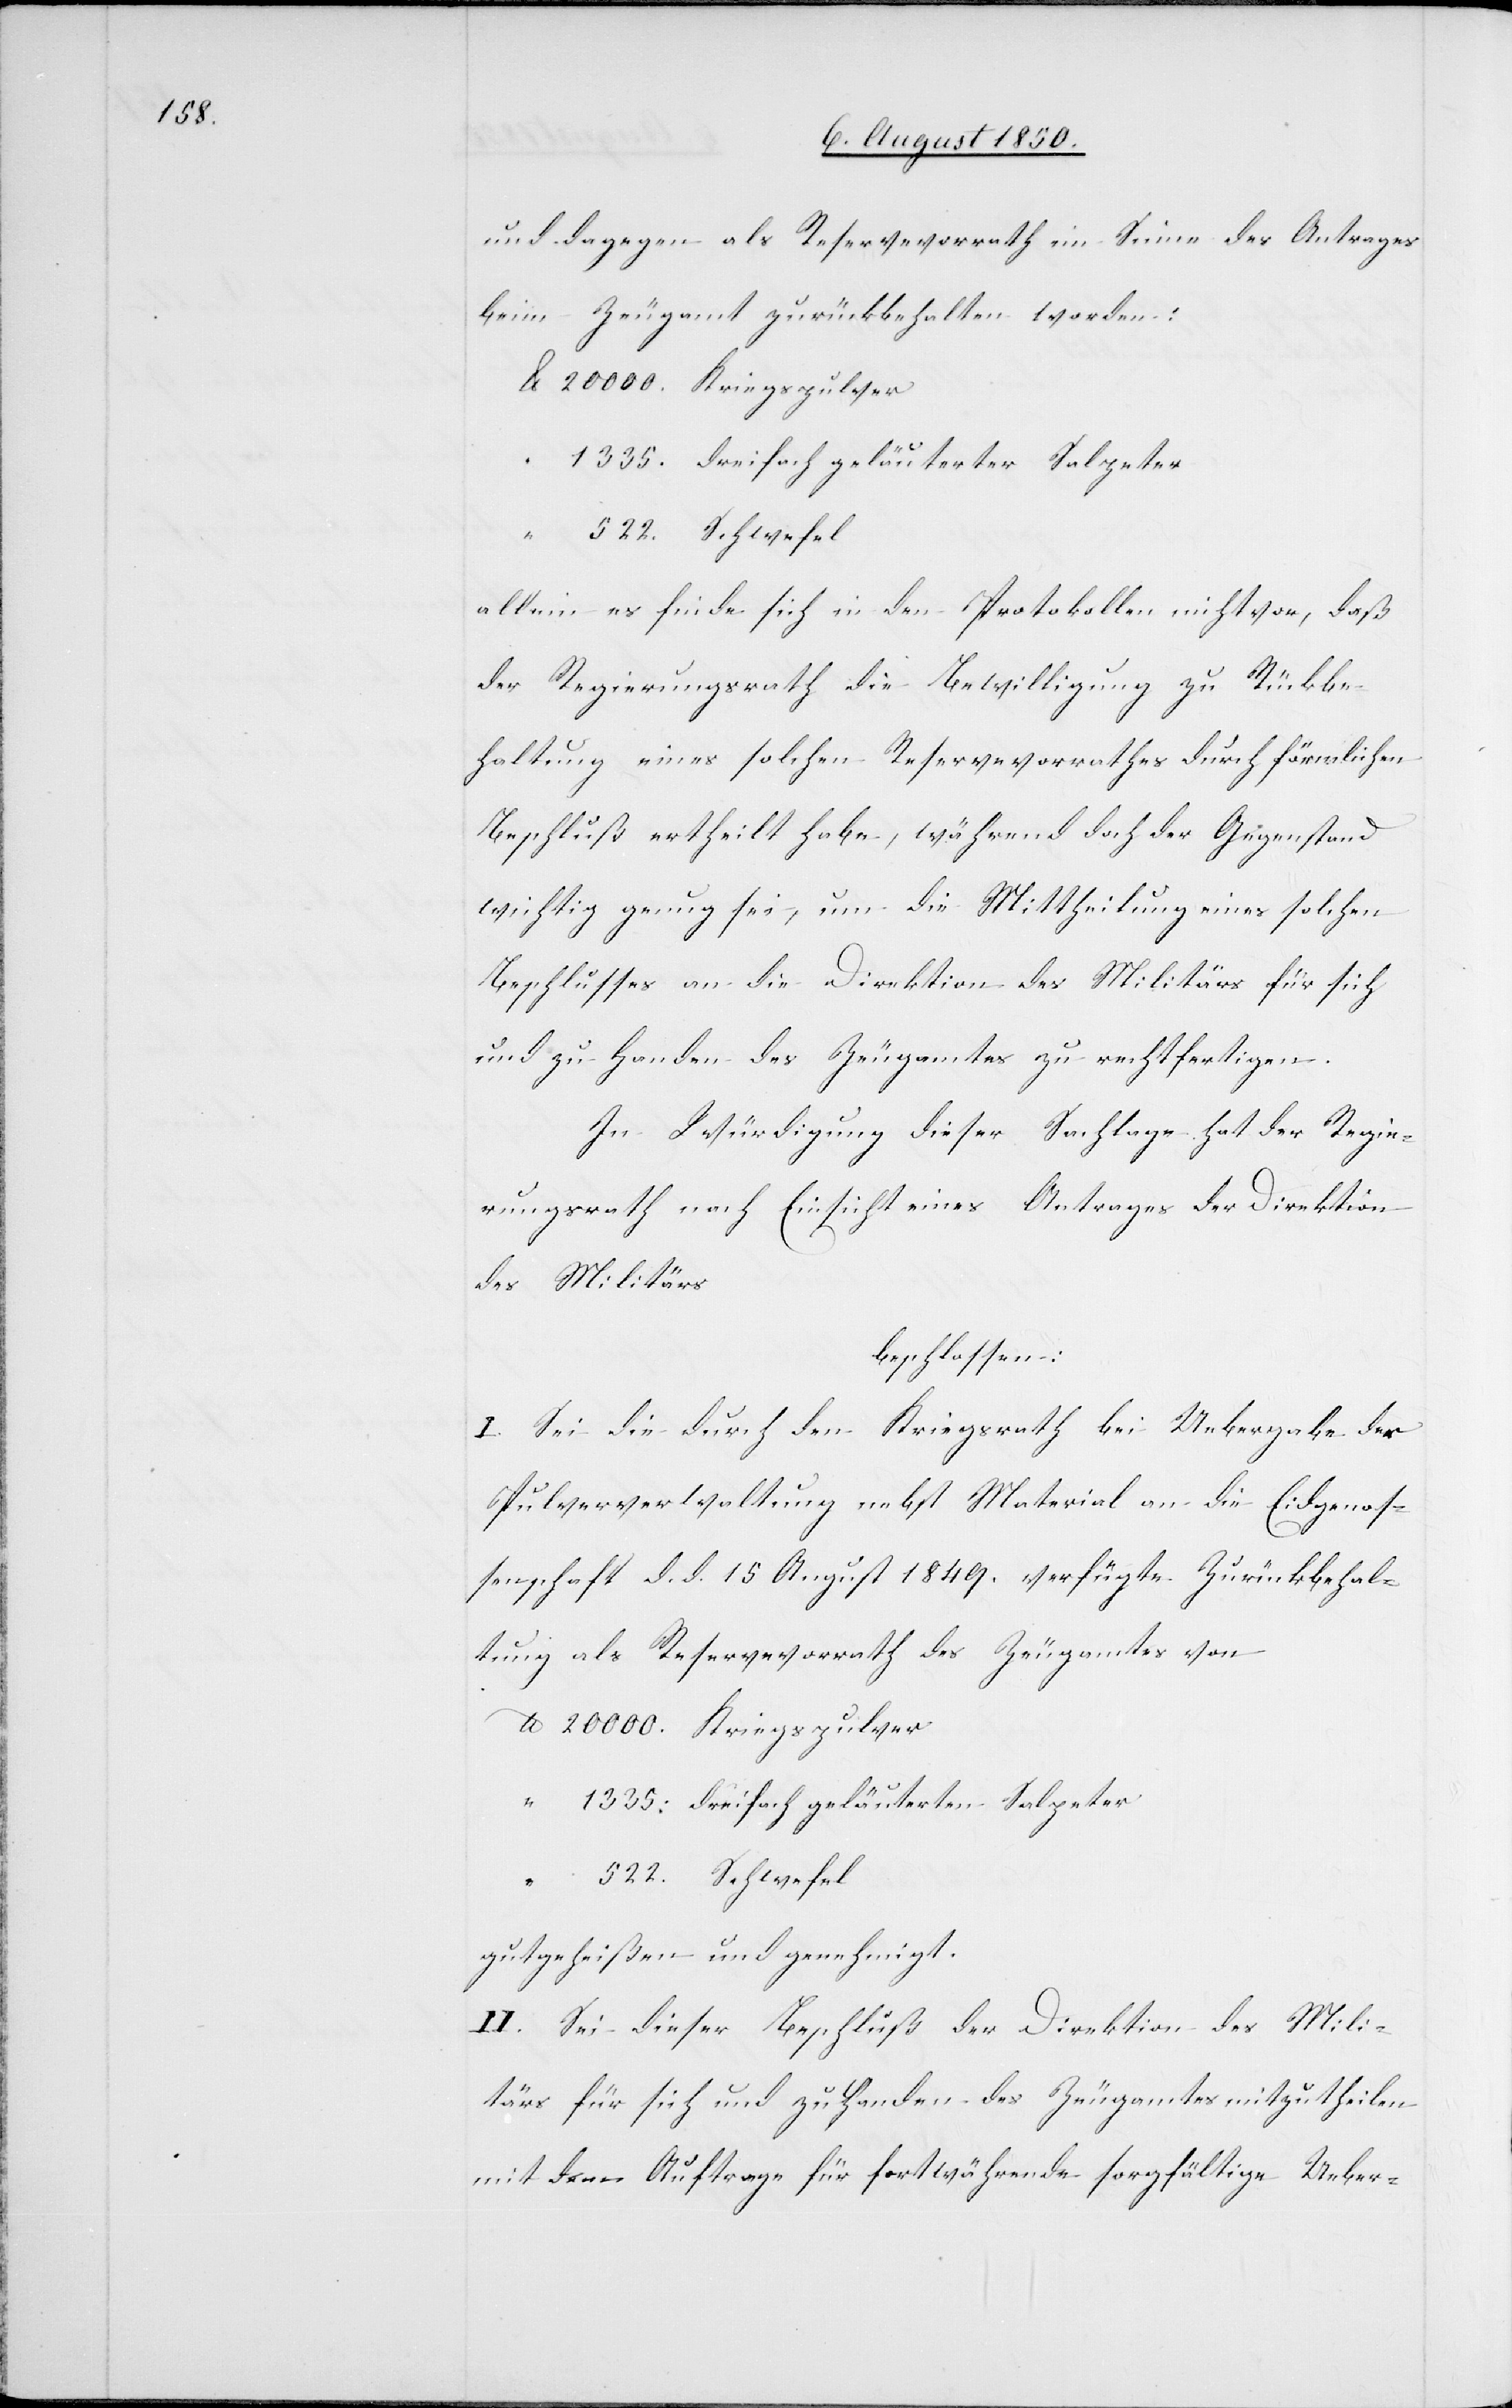
und dagegen als Reservevorrath im Sinne des Antrages
beim Zeugamt zurückbehalten worden:
lb		20 000.	Kriegspulver
“		1335.	dreifach geläuterter Salpeter
allein es finde sich in den Protokollen nicht vor, daß
der Regierungsrath die Bewilligung zu Rückbe¬
haltung eines solchen Reservevorrathes durch förmlichen
Beschluß ertheilt habe, während doch der Gegenstand
wichtig genug sei, um die Mittheilung eines solchen
Beschlusses an die Direktion des Militärs für sich
und zu Handen des Zeugamtes zu rechtfertigen.
In Würdigung dieser Sachlage hat der Regie¬
rungsrath nach Einsicht eines Antrages der Direktion
des Militärs
beschlossen:
I. Sei die durch den Kriegsrath bei Uebergabe der
Pulververwaltung nebst Material an die Eidgenos¬
senschaft d. d. 15 August 1849. verfügte Zurückbehal¬
tung als Reservevorrath des Zeugamtes von
lb		20 000.	Kriegspulver
“		1335.	dreifach geläuterten Salpeter
gutgeheißen und genehmigt.
II. Sei dieser Beschluß der Direktion des Mili¬
tärs für sich und zu Handen des Zeugamtes mitzutheilen
mit dem Auftrage für fortwährende sorgfältige Ueber-